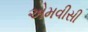
એમવીસી